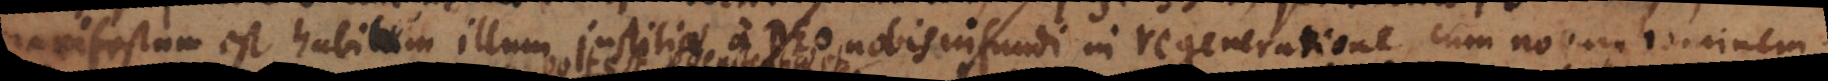
manifestum est habitum illum justitiae a Deo nobis infundi in regeneratione, cum novum hominem